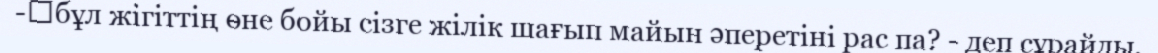
-	бұл жігіттің өне бойы сізге жілік шағып майын әперетіні рас па? - деп сұрайды.